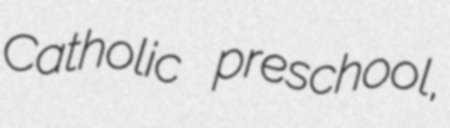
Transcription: Catholic preschool,